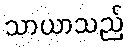
သာယာသည်